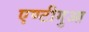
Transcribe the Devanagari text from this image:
एण्टीगुआ